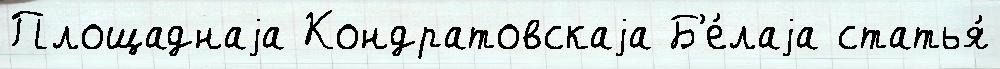
Площаднаjа Кондратовскаjа Б'е́лаjа статья́